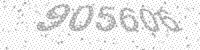
Solution: 905606